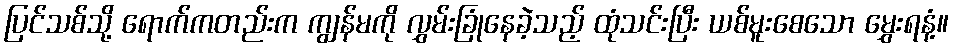
ပြင်သစ်သို့ ရောက်ကတည်းက ကျွန်မကို လွှမ်းခြုံနေခဲ့သည့် ထုံသင်းပြီး ယစ်မူးစေသော မွှေးရနံ့။